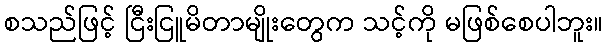
စသည်ဖြင့် ငြီးငြူမိတာမျိုးတွေက သင့်ကို မဖြစ်စေပါဘူး။